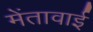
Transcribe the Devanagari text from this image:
मेंतावाई